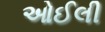
ઓઈલી